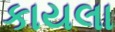
કાયલા